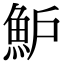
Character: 魲